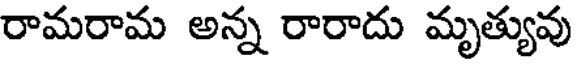
రామరామ అన్న రారాదు మృత్యువు